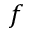
f